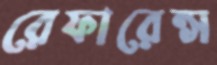
রেফারেন্স